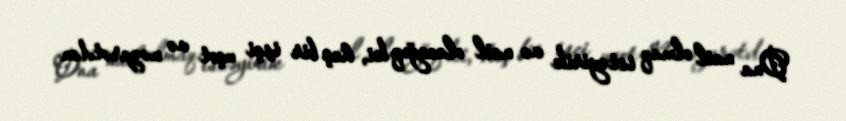
Ona nail olmaq istəyirik və nail olacağıq ki, heç bir işçi uçot və nəzarətdən